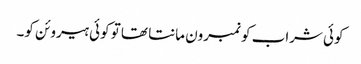
کوئی شراب کو نمبرون مانتا تھا تو کوئی ہیروئن کو۔